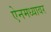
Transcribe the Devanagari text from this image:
ऐनमध्यावर